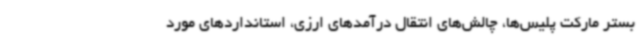
بستر مارکت پلیس‌ها، چالش‌های انتقال درآمدهای ارزی، استانداردهای مورد